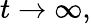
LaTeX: t\to\infty,